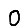
Digit: 0